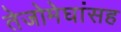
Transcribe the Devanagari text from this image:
तेजोमेघांसह